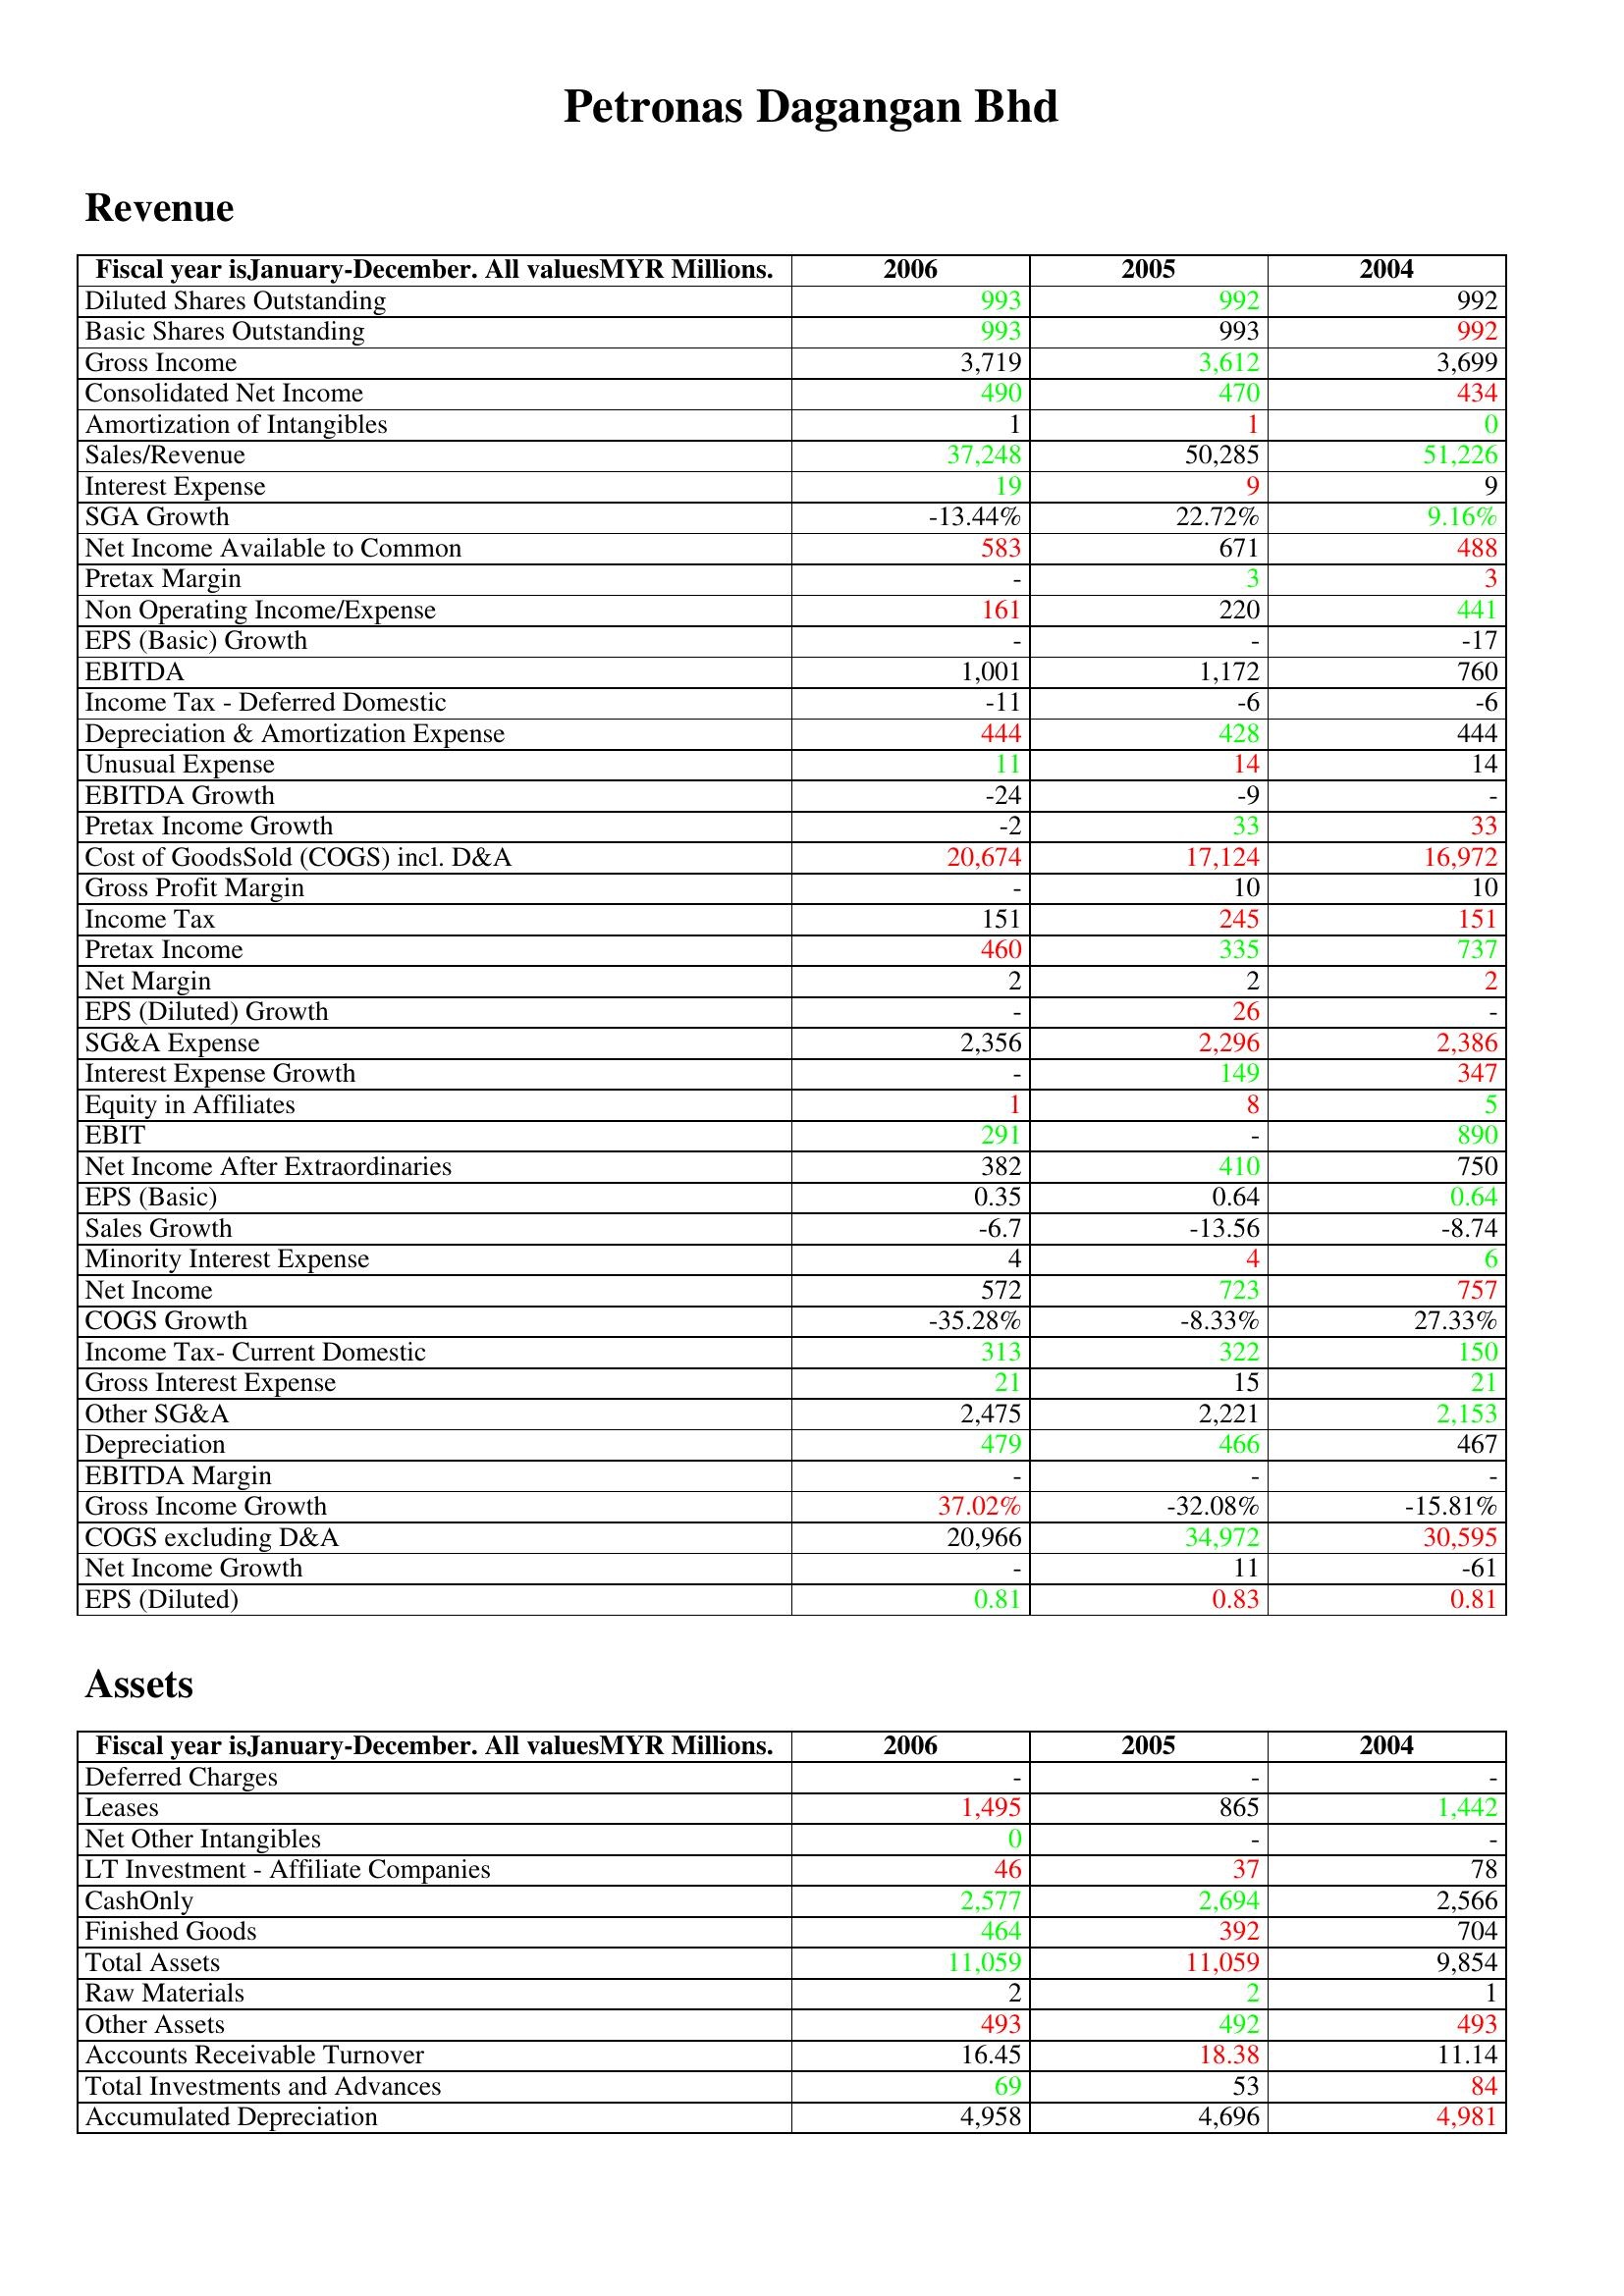
gt_parse: 2006: Revenue: Diluted Shares Outstanding: 993
Basic Shares Outstanding: 993
Gross Income: 3,719
Consolidated Net Income: 490
Amortization of Intangibles: 1
Sales/Revenue: 37,248
Interest Expense: 19
SGA Growth: -13.44%
Net Income Available to Common: 583
Pretax Margin: -
Non Operating Income/Expense: 161
EPS (Basic) Growth: -
EBITDA: 1,001
Income Tax - Deferred Domestic: -11
Depreciation & Amortization Expense: 444
Unusual Expense: 11
EBITDA Growth: -24
Pretax Income Growth: -2
Cost of GoodsSold (COGS) incl. D&A: 20,674
Gross Profit Margin: -
Income Tax: 151
Pretax Income: 460
Net Margin: 2
EPS (Diluted) Growth: -
SG&A Expense: 2,356
Interest Expense Growth: -
Equity in Affiliates: 1
EBIT: 291
Net Income After Extraordinaries: 382
EPS (Basic): 0.35
Sales Growth: -6.7
Minority Interest Expense: 4
Net Income: 572
COGS Growth: -35.28%
Income Tax- Current Domestic: 313
Gross Interest Expense: 21
Other SG&A: 2,475
Depreciation: 479
EBITDA Margin: -
Gross Income Growth: 37.02%
COGS excluding D&A: 20,966
Net Income Growth: -
EPS (Diluted): 0.81
Assets: Deferred Charges: -
Leases: 1,495
Net Other Intangibles: 0
LT Investment - Affiliate Companies: 46
CashOnly: 2,577
Finished Goods: 464
Total Assets: 11,059
Raw Materials: 2
Other Assets: 493
Accounts Receivable Turnover: 16.45
Total Investments and Advances: 69
Accumulated Depreciation: 4,958
2005: Revenue: Diluted Shares Outstanding: 992
Basic Shares Outstanding: 993
Gross Income: 3,612
Consolidated Net Income: 470
Amortization of Intangibles: 1
Sales/Revenue: 50,285
Interest Expense: 9
SGA Growth: 22.72%
Net Income Available to Common: 671
Pretax Margin: 3
Non Operating Income/Expense: 220
EPS (Basic) Growth: -
EBITDA: 1,172
Income Tax - Deferred Domestic: -6
Depreciation & Amortization Expense: 428
Unusual Expense: 14
EBITDA Growth: -9
Pretax Income Growth: 33
Cost of GoodsSold (COGS) incl. D&A: 17,124
Gross Profit Margin: 10
Income Tax: 245
Pretax Income: 335
Net Margin: 2
EPS (Diluted) Growth: 26
SG&A Expense: 2,296
Interest Expense Growth: 149
Equity in Affiliates: 8
EBIT: -
Net Income After Extraordinaries: 410
EPS (Basic): 0.64
Sales Growth: -13.56
Minority Interest Expense: 4
Net Income: 723
COGS Growth: -8.33%
Income Tax- Current Domestic: 322
Gross Interest Expense: 15
Other SG&A: 2,221
Depreciation: 466
EBITDA Margin: -
Gross Income Growth: -32.08%
COGS excluding D&A: 34,972
Net Income Growth: 11
EPS (Diluted): 0.83
Assets: Deferred Charges: -
Leases: 865
Net Other Intangibles: -
LT Investment - Affiliate Companies: 37
CashOnly: 2,694
Finished Goods: 392
Total Assets: 11,059
Raw Materials: 2
Other Assets: 492
Accounts Receivable Turnover: 18.38
Total Investments and Advances: 53
Accumulated Depreciation: 4,696
2004: Revenue: Diluted Shares Outstanding: 992
Basic Shares Outstanding: 992
Gross Income: 3,699
Consolidated Net Income: 434
Amortization of Intangibles: 0
Sales/Revenue: 51,226
Interest Expense: 9
SGA Growth: 9.16%
Net Income Available to Common: 488
Pretax Margin: 3
Non Operating Income/Expense: 441
EPS (Basic) Growth: -17
EBITDA: 760
Income Tax - Deferred Domestic: -6
Depreciation & Amortization Expense: 444
Unusual Expense: 14
EBITDA Growth: -
Pretax Income Growth: 33
Cost of GoodsSold (COGS) incl. D&A: 16,972
Gross Profit Margin: 10
Income Tax: 151
Pretax Income: 737
Net Margin: 2
EPS (Diluted) Growth: -
SG&A Expense: 2,386
Interest Expense Growth: 347
Equity in Affiliates: 5
EBIT: 890
Net Income After Extraordinaries: 750
EPS (Basic): 0.64
Sales Growth: -8.74
Minority Interest Expense: 6
Net Income: 757
COGS Growth: 27.33%
Income Tax- Current Domestic: 150
Gross Interest Expense: 21
Other SG&A: 2,153
Depreciation: 467
EBITDA Margin: -
Gross Income Growth: -15.81%
COGS excluding D&A: 30,595
Net Income Growth: -61
EPS (Diluted): 0.81
Assets: Deferred Charges: -
Leases: 1,442
Net Other Intangibles: -
LT Investment - Affiliate Companies: 78
CashOnly: 2,566
Finished Goods: 704
Total Assets: 9,854
Raw Materials: 1
Other Assets: 493
Accounts Receivable Turnover: 11.14
Total Investments and Advances: 84
Accumulated Depreciation: 4,981